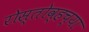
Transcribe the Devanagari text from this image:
रोस्तोव्हच्या